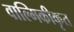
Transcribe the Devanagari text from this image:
वाल्मिकीकृत